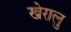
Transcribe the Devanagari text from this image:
खेरालु